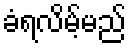
ခံရလိမ့်မည်